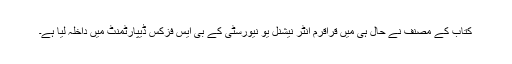
کتاب کے مصنف نے حال ہی میں قراقرم انٹر نیشنل یو نیورسٹی کے بی ایس فزکس ڈیپارٹمنٹ میں داخلہ لیا ہے۔